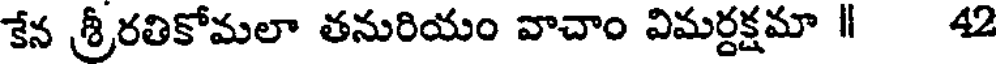
కేన శ్రీరతికోమలా తనురియం వాచాం విమర్దక్షమా ॥ 42